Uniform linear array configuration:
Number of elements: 24
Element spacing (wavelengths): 0.25
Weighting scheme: exponential
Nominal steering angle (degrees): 15
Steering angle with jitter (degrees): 13.271
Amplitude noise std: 0.05
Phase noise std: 0.05

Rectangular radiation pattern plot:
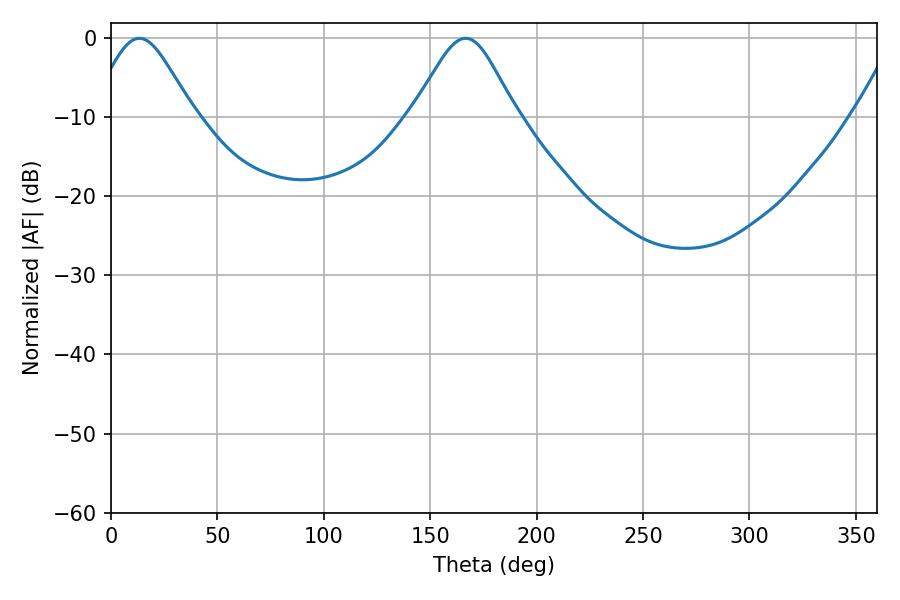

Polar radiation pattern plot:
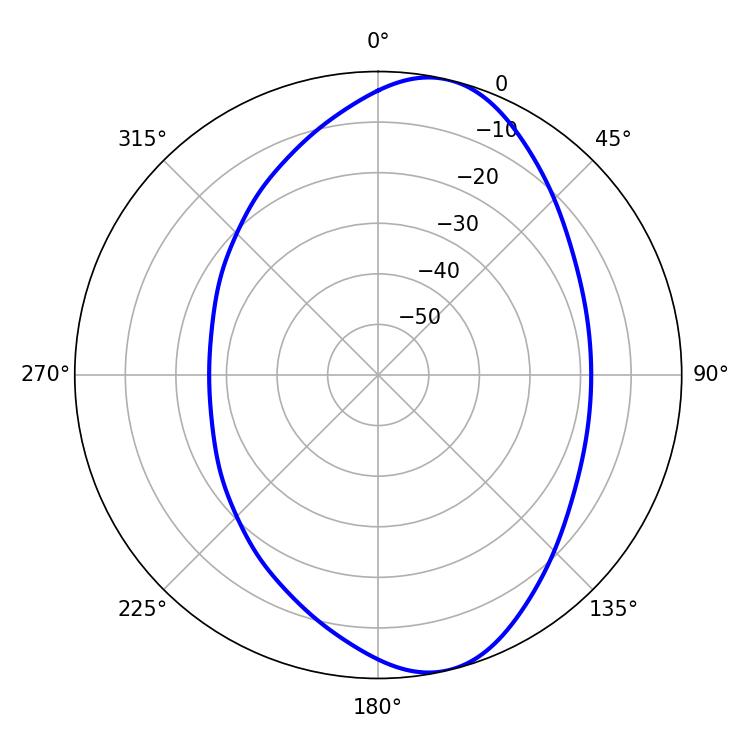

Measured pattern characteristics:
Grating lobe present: FALSE
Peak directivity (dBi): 9.032
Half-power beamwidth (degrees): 23.94
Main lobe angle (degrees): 13.32